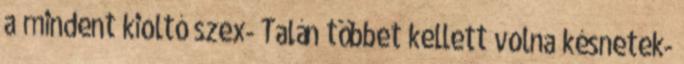
a mindent kioltó szex- Talán többet kellett volna késnetek-